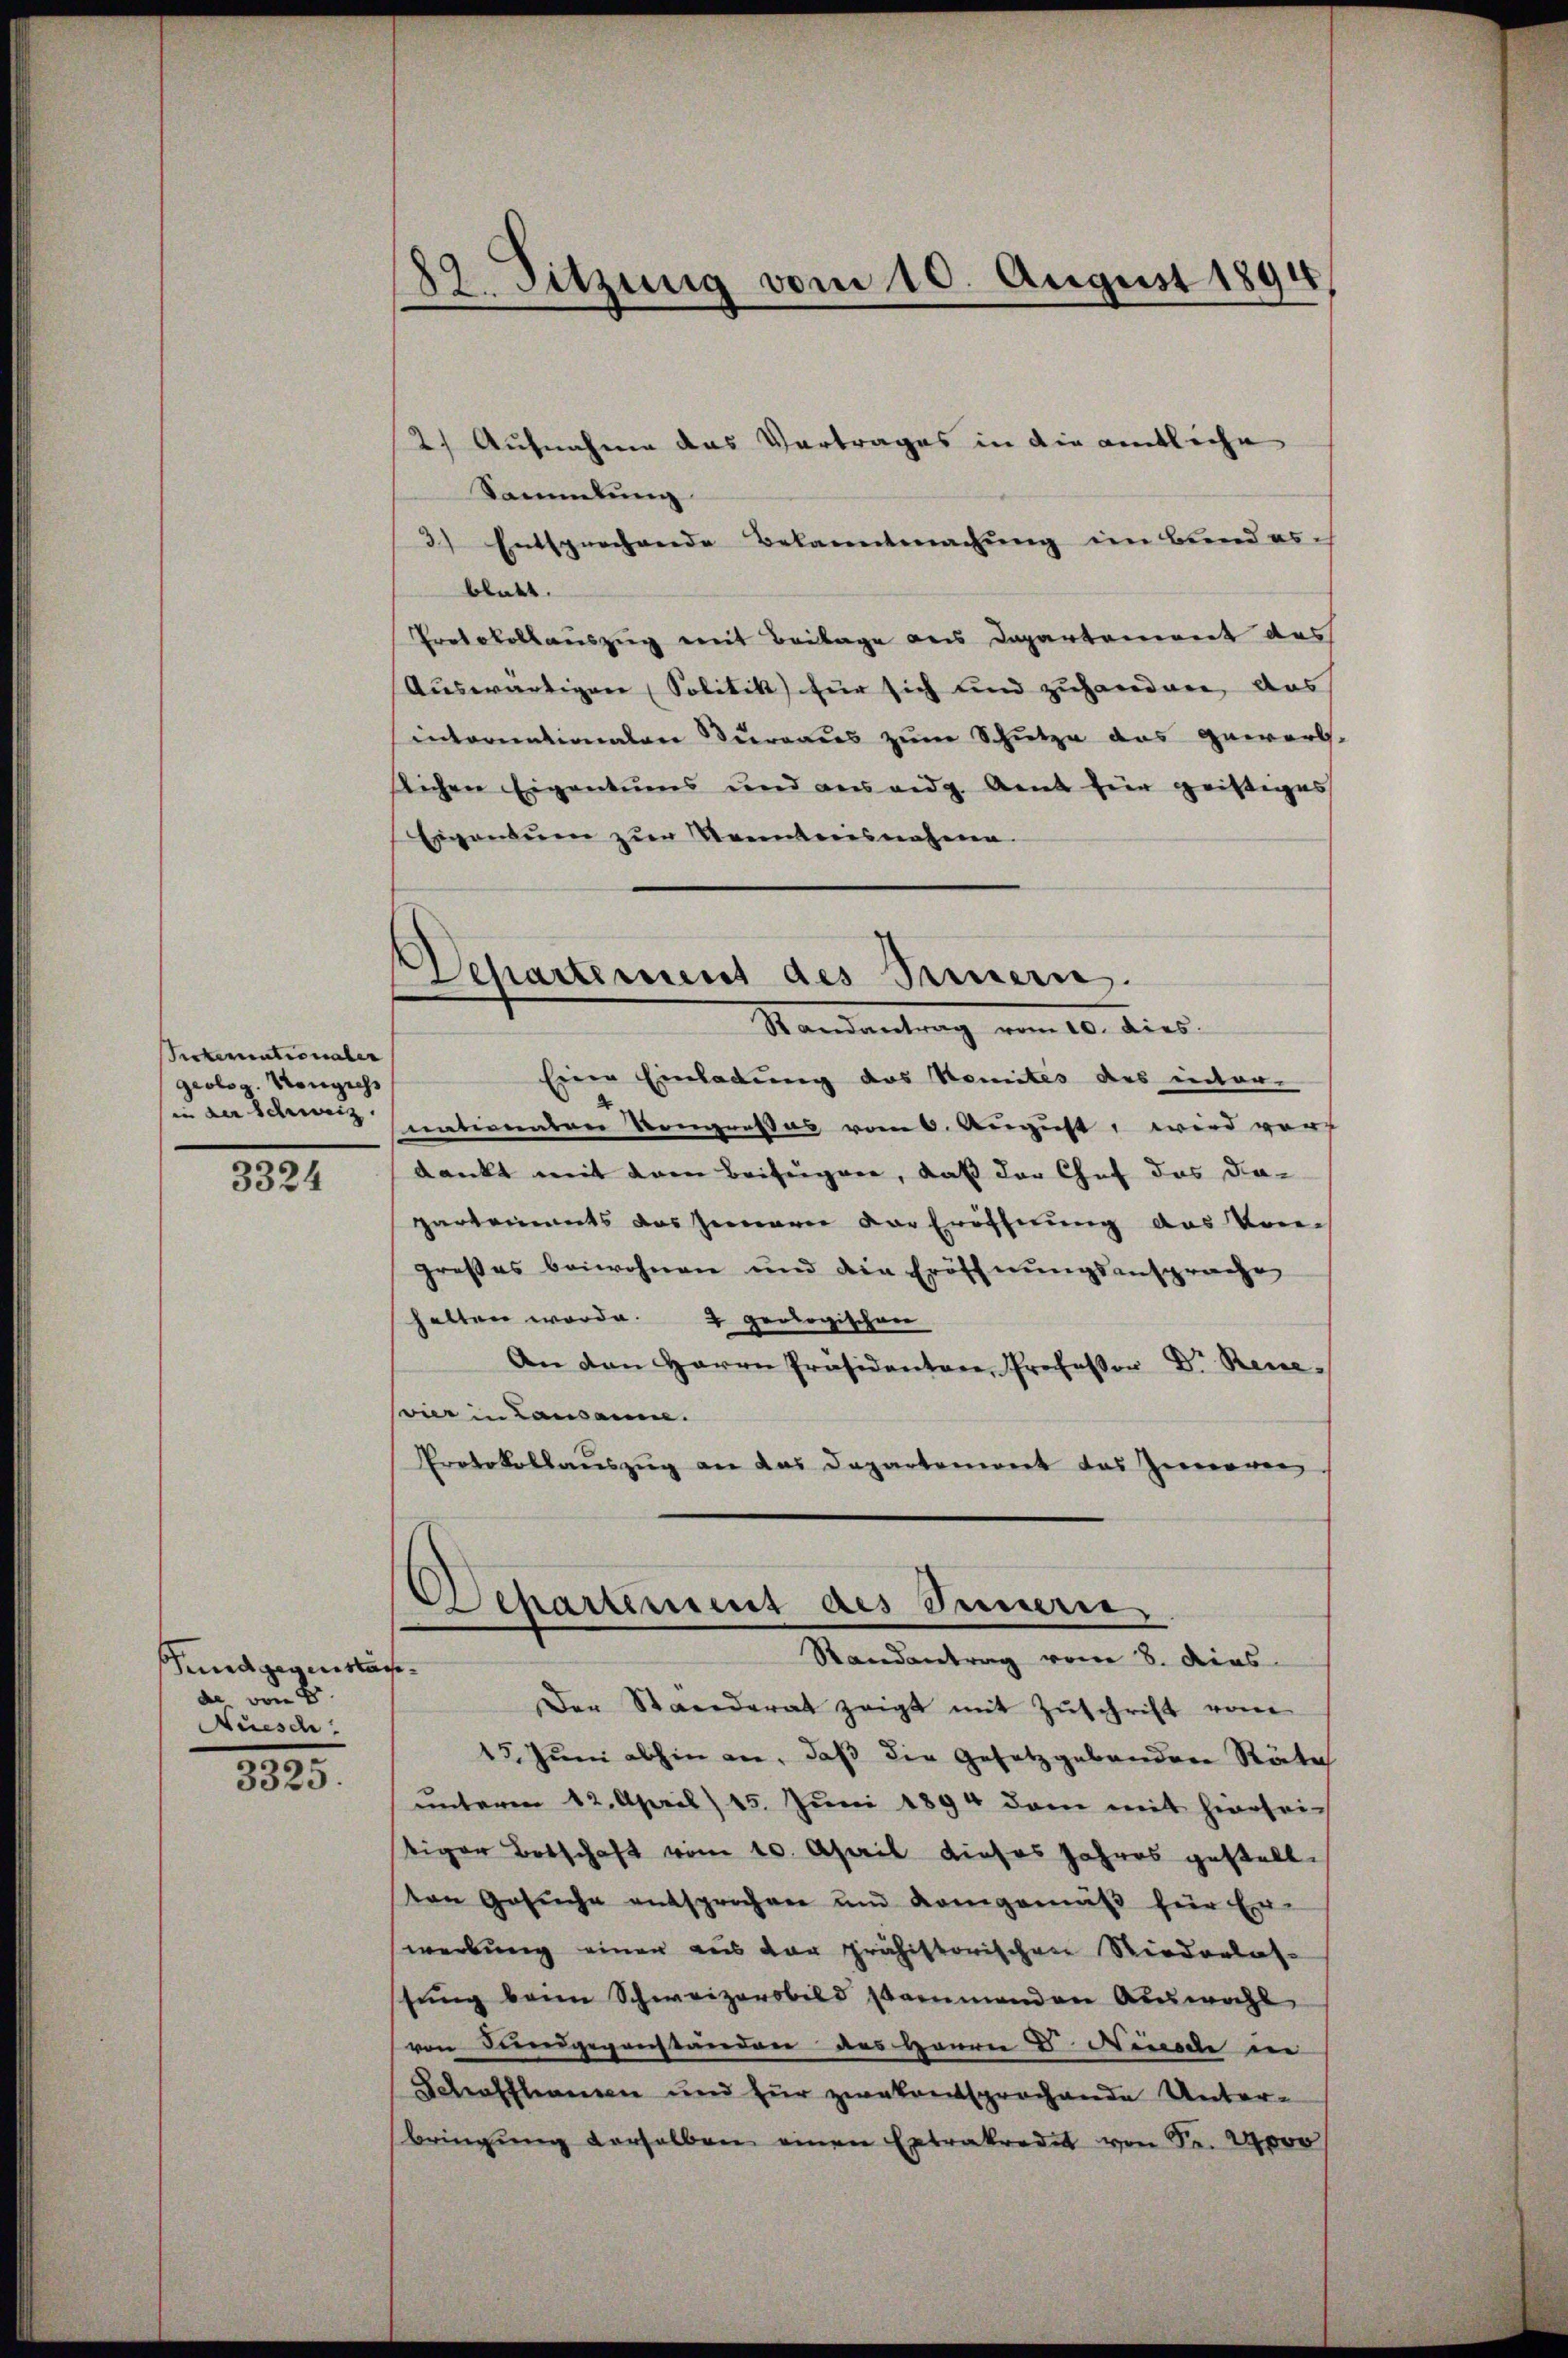
Sickemationaler
geolog. Kongress
in der Schweiz,

3324

unnd gegenstände von 4.
Auesch

3325.

82. Sitzung vom 10. August 1894

Departement des Seinern.
Mandantung vom 16. dies

2.) Aufnahme das Vertrages in die amtliche
Sammlung
3) Entsprechende Bekanntmachung im Bund es ih
blatt.
Protokollauszug mit Beilage des Departement das
Auswärtigen (Solitik für sich und zuhandner, das
internationalen Bureaus zum Schutze das Gewerbs-
Sichen Eigentums und aus eidg. Amt hier geistiges
Einanderen zur Namentarisnahmen.
Einer Einladung des Komités des inter-
nativenten Vergrosses vom 6. August, wird vor
dankt mit dem Beiträgen, daß der Chef das daparkannts das Jenneren der Eröffnung das Kon-
großes beiwohnen und die Eröffnungsansprache
halten worde. 2 geologischere
An den Herrn Präsidenten Professor Dr. Reuesvier in Lausanne.
Protokollaŭszŭg an das Departoniert das Zweiger

Departement des Innern
Randantrag vom 8. dies

Der Ständerat zeigt mit Zŭschrift vom
15. Juni abhin an, daß die Gesetzgebändere Räte
unterm 12. April) 15. Juni 1894 dem mit hiersei
tiger Botschaft vom 10. April dieses Jahres gestellton Gesŭche entsprochen und Kamgemäß für Ein-
werbung einen aus der prähistorischen Riederlassŭng kam Schweizersbild sammenden Auswahl
(von Dingegenständen des Herrn D. Ninade in
Schaffhausen und für zwekentsprochende Unter-
bringŭng derselben einen Extrakredit von Fr. 2000